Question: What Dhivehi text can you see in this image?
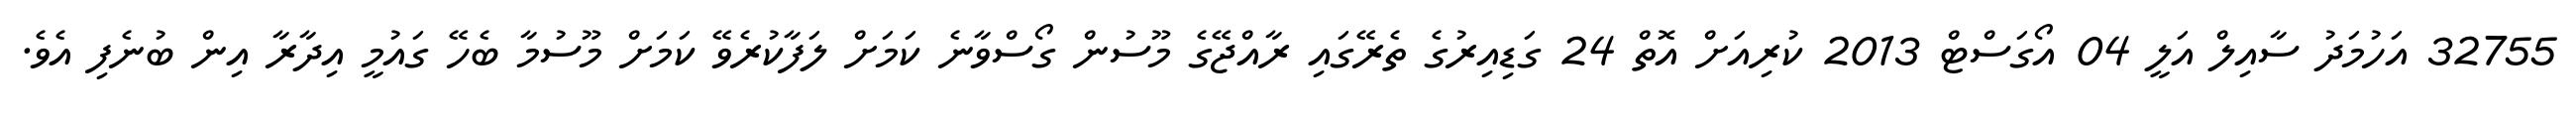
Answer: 32755 އަހުމަދު ސާއިލް އަލީ 04 އޯގަސްޓް 2013 ކުރިއަށް އޮތް 24 ގަޑިއިރުގެ ތެރޭގައި ރާއްޖޭގެ މޫސުން ގޯސްވާނެ ކަމަށް ލަފާކުރެވޭ ކަމަށް މޫސުމާ ބެހޭ ގައުމީ އިދާރާ އިން ބުނެފި އެވެ.